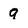
Character: 9